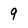
Character: 9